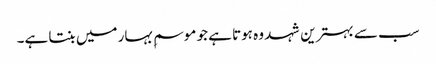
سب سے بہترین شہد وہ ہوتا ہے جو موسمِ بہار میں بنتا ہے۔